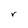
Character: r